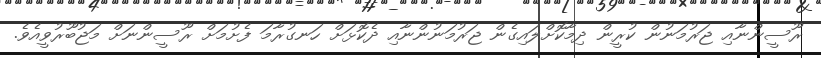
ރޫސީންނާއި ޖަރުމަނުން ކުރީން ދިމާކޮށްލައިގެން ޖަރުމަނުންނާއި ދެކޮޅަށް ހަނގުރާމަ ފެށުމަށް ރޫސީންނަށް މަޖުބޫރުވީއެވެ.